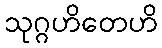
သုဂ္ဂဟိတေဟိ